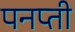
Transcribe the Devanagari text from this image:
पनप्ती